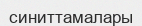
синиттамалары